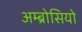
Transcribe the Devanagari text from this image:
अम्ब्रोसियो